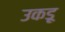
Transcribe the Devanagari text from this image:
उकडू